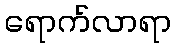
ရောက်လာရာ